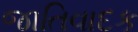
જાતિવાદક